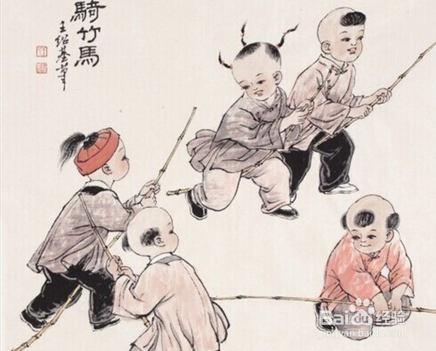
喜遇重阳，更佳酿今朝新熟。